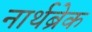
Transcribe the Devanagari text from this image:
नार्थब्रेक